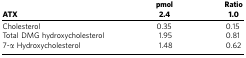
<table><thead><tr><td><b> </b></td><td><b>pmol</b></td><td><b>Ratio</b></td></tr><tr><td><b>ATX</b></td><td><b>2.4</b></td><td><b>1.0</b></td></tr></thead><tbody><tr><td>Cholesterol</td><td>0.35</td><td>0.15</td></tr><tr><td>Total DMG hydroxycholesterol</td><td>1.95</td><td>0.81</td></tr><tr><td>7-α Hydroxycholesterol</td><td>1.48</td><td>0.62</td></tr></tbody></table>